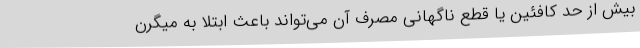
بیش از حد کافئین یا قطع ناگهانی مصرف آن می‌تواند باعث ابتلا به میگرن